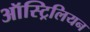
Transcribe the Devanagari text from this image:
ऑस्ट्रिलियन